King Institute of Preventive Medicine Micro-Biological Section reports 1909-11
Year: 1909
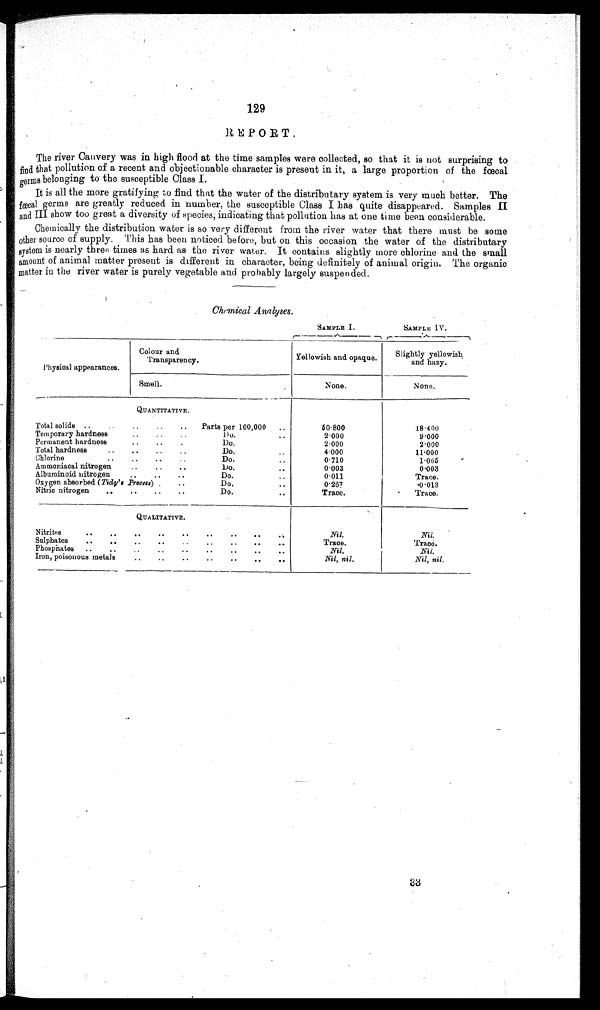
129
REPORT.
The river Cauvery was in high flood at the time samples wore collected, so that it is not surprising to
find that pollution of a recent and objectionable character is present in it, a large proportion of the fœcal
germs belonging to the susceptible Class I.
It is all the more gratifying to find that the water of the distributary system is very much better. The
faecal germs are greatly reduced in number, the susceptible Class I has quite disappeared. Samples II
and III show too great a diversity of species, indicating that pollution has at one time been considerable.
Chemically the distribution water is so very different from the river water that there must be some
other source of supply. This has been noticed before, but on this occasion the water of the distributary
system is nearly three times as hard as the river water. It contains slightly more chlorine and. the small
amount of animal matter present is different in character, being definitely of animal origin. The organic
matter in the river water is purely vegetable and probably largely suspended.
Chemical Analyses.
SAMPLE I.
SAMPLE IV.
Physical appearances.
Colour and
Transparency.
Yellowish and opaque.
Slightly yellowish
and hazy.
Smell.
None.
None.
- .
QUANTITATIVE.
Total solids ..
..
..
..
Parts per 100,000
..
50∙800
18∙400
Temporary hardness
..
..
..
D0.
..
2∙000
9∙000
Permanent hardness
..
..
.
Do.
2∙ 0 0 0
2∙000
Total hardness
..
..
..
..
Do.
..
4.000
11∙000
Chlorine
..
..
..
Do.
..
0∙710
1∙066
Ammoniacal nitrogen
..
..
..
Do.
..
0∙003
0.003
Alburoinoid nitrogen
..
..
..
Do.
..
0∙011
Trace.
Oxygen absorbed (Tidy': Process) .
..
Do.
..
0.267
.0.013
Nitric) nitrogen
..
..
..
..
Do.
..
T race.
.
Trace.
QUALITATIVE.
Nitrites
..
..
..
..
..
..
..
..
Nil.
Nil.
Sulphates
..
..
..
..
..
..
..
..
Trace.
Trace.
Phosphates
..
..
..
..
..
..
..
..
..
Nil.
Nil.
Iron, poisonous metals
..
..
..
..
..
..
..
Nil, nil.
Nil, nil.